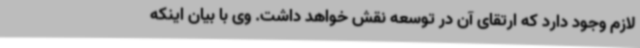
لازم وجود دارد که ارتقای آن در توسعه نقش خواهد داشت. وی با بیان اینکه